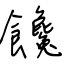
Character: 饞